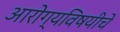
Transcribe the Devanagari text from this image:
आरोग्यविषयीचे